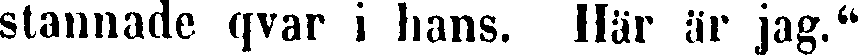
stannade qvar i hans. Här är jag."